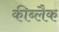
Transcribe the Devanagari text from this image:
कीब्लैक